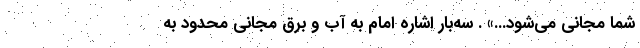
شما مجانی می‌شود...» . سه‌بار اشاره امام به آب و برق مجانی محدود به